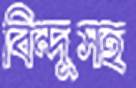
বিন্দুসহ